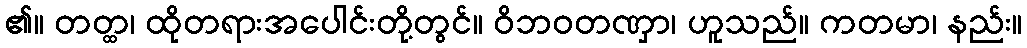
၏။ တတ္ထ၊ ထိုတရားအပေါင်းတို့တွင်။ ဝိဘဝတဏှာ၊ ဟူသည်။ ကတမာ၊ နည်း။